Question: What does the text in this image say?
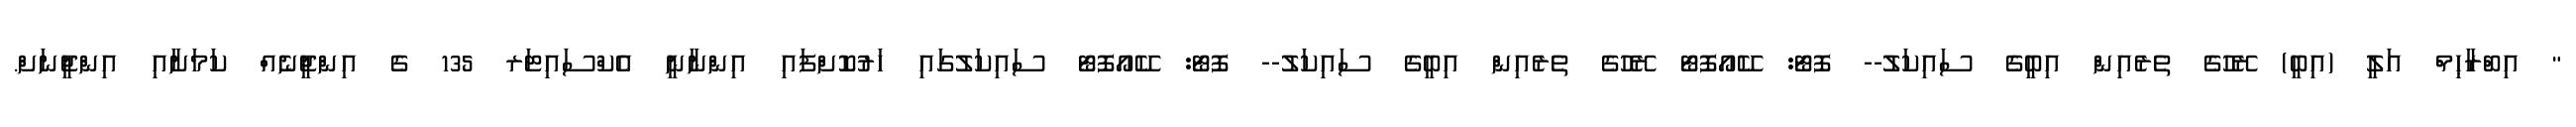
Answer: " އިބްރާޙިމް އަލީ (އިބީ) ރޭހުގެ ތެރެއިން އިބީގެ ސައިކަލު-- ފޮޓޯ: ކޭއޯފޮޓޯ ރޭހުގެ ތެރެއިން އިބީގެ ސައިކަލު-- ފޮޓޯ: ކޭއޯފޮޓޯ ސައިކަލުގައި ހަރުކޮށްފައި އިންނާނީ އެކްސައިޓަރ 135 ގެ އިންޖީނެއް ކަމަށާއި އިންޖީނަށް.